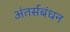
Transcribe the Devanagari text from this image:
अंतर्सबंधन